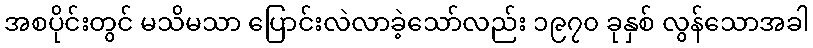
အစပိုင်းတွင် မသိမသာ ပြောင်းလဲလာခဲ့သော်လည်း ၁၉၇၀ ခုနှစ် လွန်သောအခါ